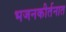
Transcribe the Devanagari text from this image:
भजनकीर्तनात